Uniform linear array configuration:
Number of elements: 16
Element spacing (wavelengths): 0.75
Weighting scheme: binomial
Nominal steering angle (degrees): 60
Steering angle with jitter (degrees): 58.306
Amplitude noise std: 0.05
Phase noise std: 0.05

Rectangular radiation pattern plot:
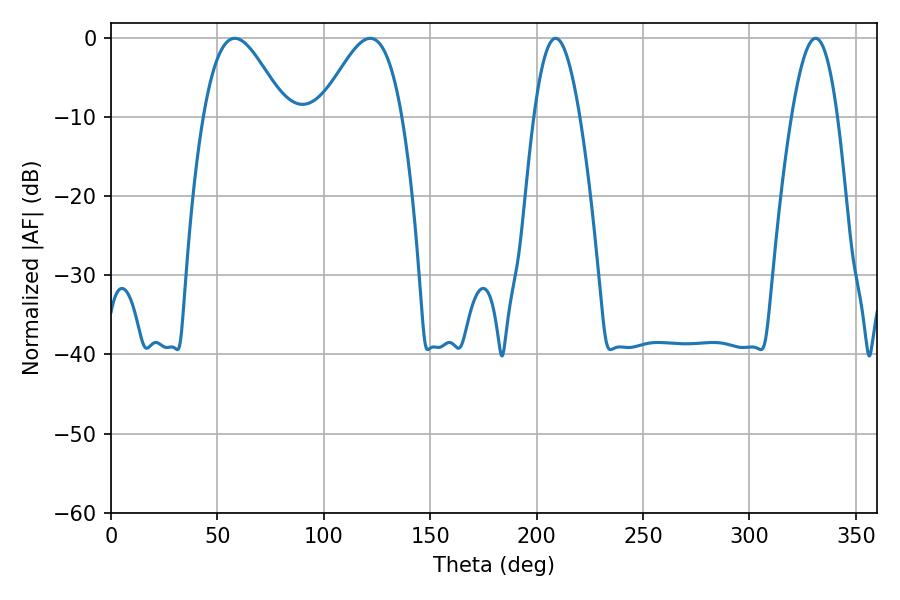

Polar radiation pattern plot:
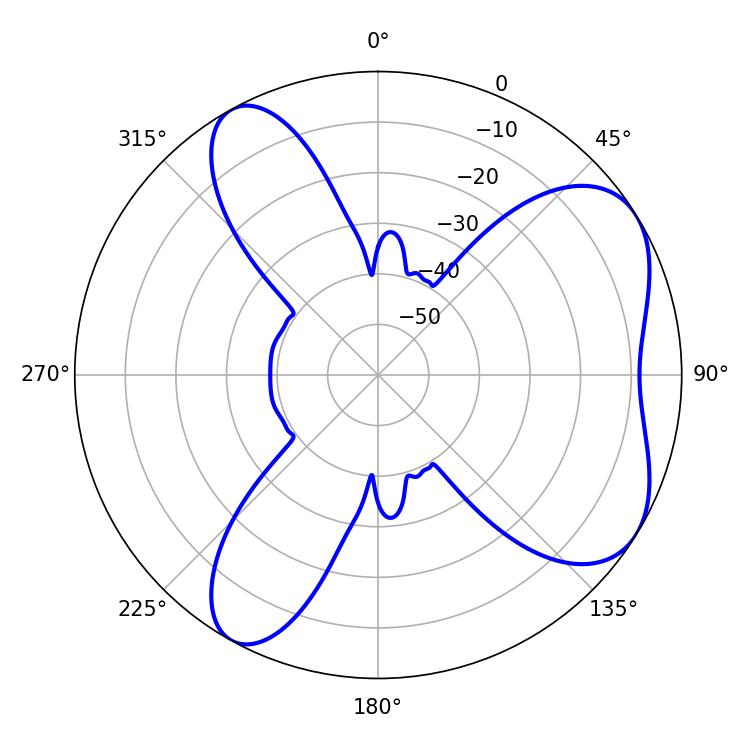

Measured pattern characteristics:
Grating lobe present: TRUE
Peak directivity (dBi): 6.04
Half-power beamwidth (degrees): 20.52
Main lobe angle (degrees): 58.14